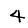
Digit: 4